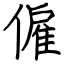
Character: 僱